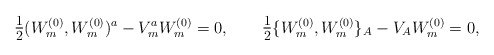
\begin{align*}\hbox{\large $\frac{1}{2}$} ( W^{(0)}_m, W^{(0)}_m)^a - V_m^a W^{(0)}_m = 0,\qquad\hbox{\large $\frac{1}{2}$} \{ W^{(0)}_m, W^{(0)}_m \}_A - V_A W^{(0)}_m = 0,\end{align*}